Annual report on the working of the mental hospitals in the Madras Presidency - 1912-1932
Year: 1912
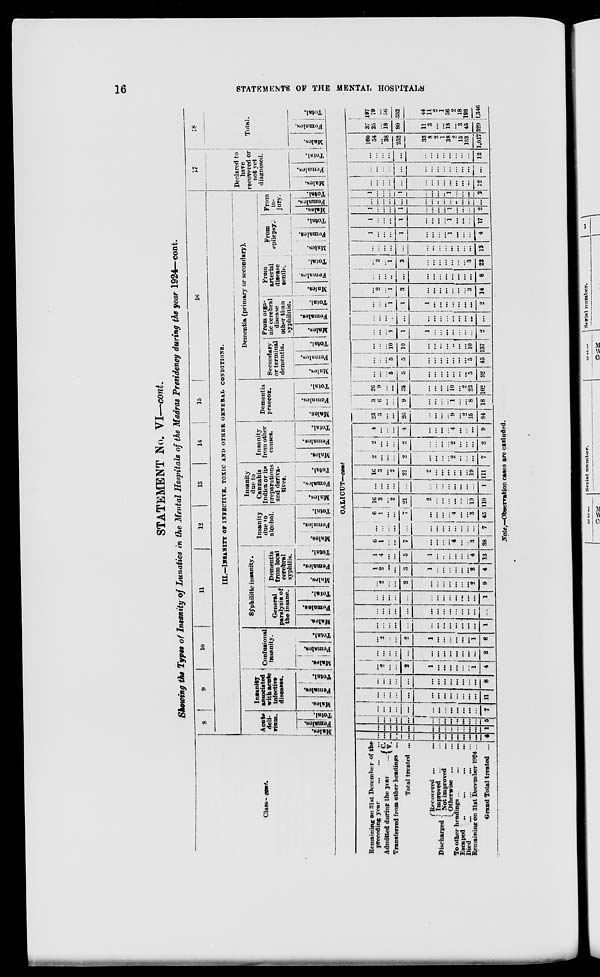
16
STATEMENTS
OF THE MENTAL HOSPITALS
STATEMENT No. VI—cont.
Showing the Types of Insanity of Lunatics in the Mental Hospitals of the Madras Presidency during the year 1924—cont.
Class-cont.
8
9
10
11
12
13
14
15
16
III.—INSANITY OF INFECTIVE, TOXIC AND OTHER GENERAL CONDITIONS.
Acute
deli-
rinm.
Males.
Females.
Total.
Insanity
associated
with acute
infective
diseases.
Males.
Females.
Total.
Confusional
insanity.
Males.
Females.
Total.
Syphilitic insanity.
General
paralysis of
the insane.
Males.
Females.
Total.
Dementia
from local
cerebral
syphilis.
Males.
Females.
Total.
Insanity
due to
alcohol.
Males.
Females.
Total.
Insanity
due to
Cannabis
Indica or its
preparations
and deriva-
tives.
Males.
Females.
Total.
Insanity
from other
causes.
Males.
Females.
Total.
Dementia
praecox.
Males.
Females.
Total.
Dementia (primary or secondary).
Secondary
or terminal
dementia.
Males.
Females.
Total.
From orga-
nic cerebral
disease
other than
syphilitic.
Males.
Females.
Total.
From
arterial
disease
senile.
Males.
Females.
Total.
From
epilepsy.
Males.
Females.
Total.
From
in-
jury.
Males.
Females.
Total.
17
Declared to
have
recovered or
not yet
diagnosed.
Males.
Females.
Total.
18
Total.
Males.
Females.
Total.
CALICUT— cont
Remaining on 31st December of the
preceding year
...
...
...
Admitted during the year ...
C. V.
Transferred from other headings ...
Total treated ...
Discharged
Recovered ...
...
Improved ... ...
Not improved ...
Otherwise ... ...
To other headings
...
...
...
Escaped ... ... ... ...
Died ... ... ... ...
Remaining on 31st December 1924 ...
Grand Total treated ...
...
...
...
...
...
...
...
...
...
...
...
...
...
4
...
...
...
...
...
...
...
...
...
...
...
...
...
1
...
...
...
...
...
...
...
...
...
...
...
...
...
5
...
...
...
...
...
...
...
...
...
...
...
...
...
7
...
...
...
...
...
...
...
...
...
...
...
...
...
11
...
...
...
...
...
...
...
...
...
...
...
...
...
8
...
2
...
...
2
1
...
...
...
...
...
...
1
4
...
...
...
...
...
...
...
...
...
...
...
...
...
2
...
...
...
...
2
1
...
...
...
...
...
...
1
6
...
...
...
...
...
...
...
...
...
...
...
...
...
1
...
...
...
...
...
...
...
...
...
...
...
...
...
...
...
...
...
...
...
...
...
...
...
...
...
...
...
1
...
2
...
...
2
...
...
...
...
...
...
...
2
9
1
2
...
...
3
1
...
...
...
...
...
...
2
4
1
4
...
...
5
1
...
...
...
...
...
...
4
13
6
1
...
...
7
...
...
...
...
4
...
...
3
38
...
...
...
...
...
...
...
...
...
...
...
...
...
7
6
1
...
...
7
...
...
...
...
4
...
...
3
45
16
3
...
2
21
2
...
...
...
...
...
...
19
110
...
...
...
...
...
...
...
...
...
...
...
...
...
1
16
3
...
2
21
2
...
...
...
...
...
...
19
111
...
...
...
...
2
...
...
...
...
2
...
...
...
7
16
...
...
...
2
...
...
...
...
2
...
...
...
2
2
...
...
...
4
...
...
...
...
4
...
...
...
9
23
3
...
...
26
...
...
...
...
9
...
2
15
84
3
6
...
...
9
...
...
...
...
1
...
...
8
18
26
9
...
...
35
...
...
...
...
10
...
2
23
102
...
...
...
5
5
...
...
...
...
...
...
...
5
92
...
...
...
5
5
...
...
...
...
...
...
...
5
45
...
...
...
10
10
...
...
...
...
...
...
...
10
137
...
...
...
1
1
1
...
...
...
...
...
...
...
2
...
...
...
...
...
...
...
...
...
...
...
...
...
...
...
...
...
1
1
1
...
...
...
...
...
...
...
2
...
2
...
1
3
...
...
...
...
...
...
...
3
14
...
...
...
...
...
...
...
...
...
...
...
...
...
8
1
2
...
1
3
...
...
...
...
...
...
...
3
22
1
...
...
...
...
...
...
...
...
...
...
...
...
13
1
...
...
...
1
...
...
...
...
1
...
...
...
4
...
...
...
...
1
...
...
...
...
1
...
...
...
17
1
...
...
...
1
...
...
...
...
1
...
...
...
2
...
...
...
...
...
...
...
...
...
...
...
...
...
...
1
...
...
...
1
...
...
...
...
1
...
...
...
2
...
...
...
...
...
...
...
...
...
...
...
...
...
12
...
...
...
...
...
...
...
...
...
...
...
...
...
...
...
...
...
...
...
...
...
...
...
...
...
...
...
12
160
54
...
38
252
33
8
2
1
38
2
15
153
1,017
37
25
...
18
80
11
3
...
...
18
...
3
45
329
197
79
...
56
332
44
11
2
1
56
2
18
198
1,346
Note.—Observation cases are excluded.